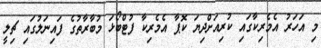
މި އަހަރު އެމެރިކާގައި ކުރިއަށްދިޔަ ކޮޕާ އެމެރިކާ ފުޓްބޯޅަ މުބާރާތުގެ ފައިނަލުގައި ޗިލީ